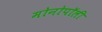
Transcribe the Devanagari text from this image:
मोनोपॉली